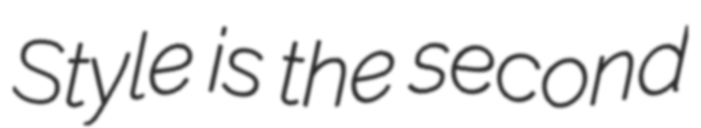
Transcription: Style is the second